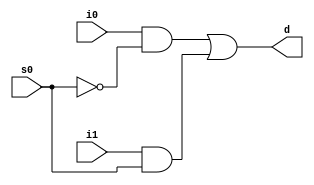
module mux_2x1(d,i0,i1,s0);
output d;
input i0,i1,s0;
wire s0_not,and1,and2;

not n2(s0_not,s0);
and a1(and1,i0,s0_not);
and a2(and2,i1,s0);
or o1(d,and1,and2);


endmodule